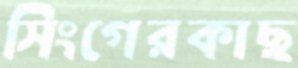
সিংগেরকাছ